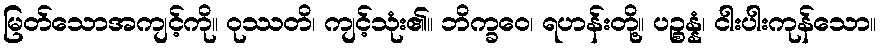
မြတ်သောအကျင့်ကို။ ဝုဿတိ၊ ကျင့်သုံး၏။ ဘိက္ခဝေ၊ ရဟန်းတို့။ ပဉ္စန္နံ၊ ငါးပါးကုန်သော။